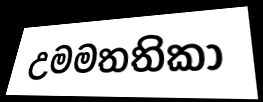
උමමතතිකා